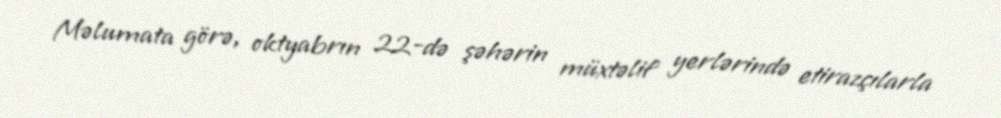
Məlumata görə, oktyabrın 22-də şəhərin müxtəlif yerlərində etirazçılarla